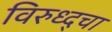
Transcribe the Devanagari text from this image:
विरुध्द्चा